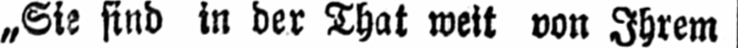
„Sie sind in der That weit von Ihrem